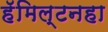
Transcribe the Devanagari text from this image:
हॅमिल्टनहा